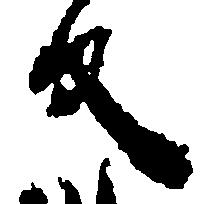
反